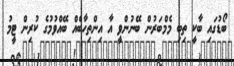
ބޯޑުގައި ބާކީ ތިބި މެމްބަރުން ބޭނުންވީ އާ އިންތިހާބެއް ބޭއްވުމުގެ ކުރިން ޓީމު